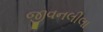
જીવનલીલા